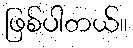
ဖြစ်ပါတယ်။